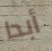
أبدا